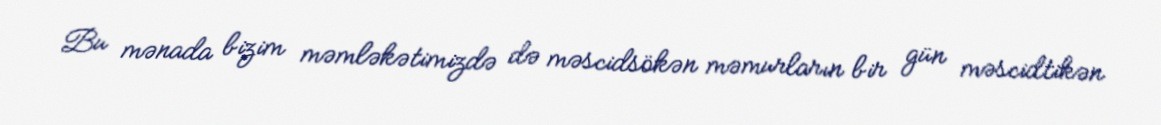
Bu mənada bizim məmləkətimizdə də məscidsökən məmurların bir gün məscidtikən